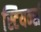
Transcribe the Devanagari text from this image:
स्टियर्न्स